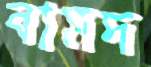
বামদ